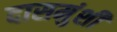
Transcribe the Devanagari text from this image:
दासमुंशी